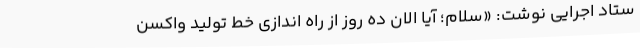
ستاد اجرایی نوشت: «سلام؛ آیا الان ده روز از راه اندازی خط تولید واکسن